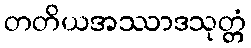
တတိယအဿာဒသုတ္တံ